Sketch of the medical history of the native army of Bombay, for the year
Year: 1875
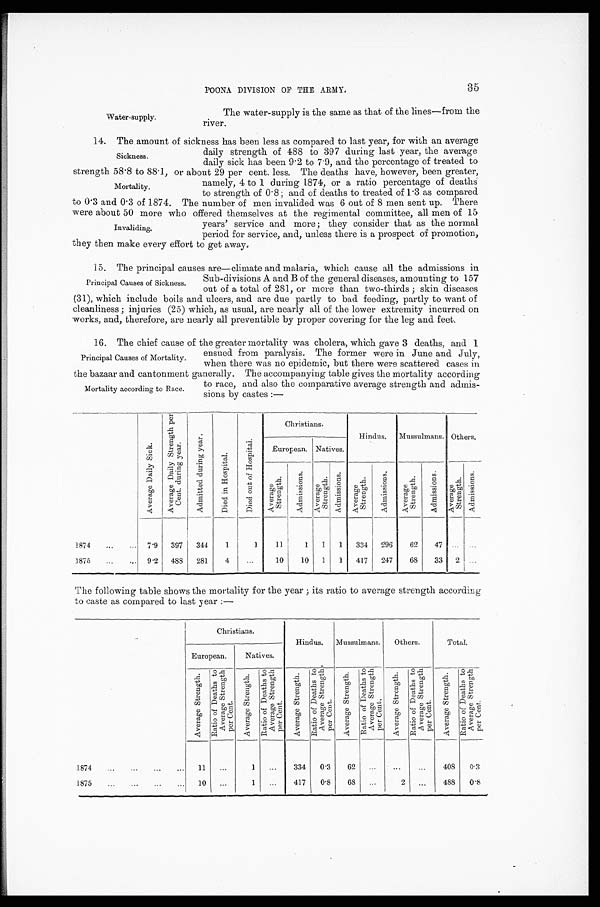
Water-supply.
POONA DIVISION OF THE ARMY.
35
The water-supply is the same as that of the lines—from the
river.
14. The amount of sickness has been less as compared to last year, for with an average
daily strength of 488 to 397 during last year, the average
daily sick has been 9·2 to 7·9, and the percentage of treated to
strength 58·8 to 88·1, or about 29 per cent. less. The deaths have, however, been greater,
namely, 4 to 1 during 1874, or a ratio percentage of deaths
to strength of 0·8; and of deaths to treated of 1·3 as compared
to 0·3 and 0·3 of 1874. The number of men invalided was 6 out of 8 men sent up. There
were about 50 more who offered themselves at the regimental committee, all men of 15
years' service and more; they consider that as the normal
period for service, and, unless there is a prospect of promotion,
they then make every effort to get away.
15. The principal causes are—climate and malaria, which cause all the admissions in
Sub-divisions A and B of the general diseases, amounting to 157
out of a total of 281, or more than two-thirds; skin diseases
(31), which include boils and ulcers, and are due partly to bad feeding, partly to want of
cleanliness; injuries (25) which, as usual, are nearly all of the lower extremity incurred on
works, and, therefore, are nearly all preventible by proper covering for the leg and feet.
16. The chief cause of the greater mortality was cholera, which gave 3 deaths, and 1
ensued from paralysis. The former were in June and July,
when there was no epidemic, but there were scattered cases in
the bazaar and cantonment ganerally. The accompanying table gives the mortality according
to race, and also the comparative average strength and admis
-sions by castes:—
A v e r a g e D a i l y S i c k .
A v e r a g e D a i l y S t r e n g t h p e r C e n t . d u r i n g y e a r .
A d m i t t e d d u r i n g y e a r .
D i e d i n H o s p i t a l .
D i e d o u t o f H o s p i t a l .
Chr i s t i a ns .
Hindus.
Mussulmans. O t h e r s .
European. Natives.
A v e r a g e S t r e n g t h .
A d m i s s i o n s .
Av e r a g e S t r e n g t h .
A d m i s s i o n s .
A v e r a g e S t r e n g t h .
A d m i s s i o n s .
Av e r a g e S t r e n g t h .
A d m i s s i o n s .
A v e r a g e S t r e n g t h .
A d m i s s i o n s .
1874
7·9 397 344
1
1
11
1 1 1 334 296
62
47
. . .
. . .
1875
9·2 488 281
4 ...
10
1 0 1 1 417 247
6 8 33
2
. . .
The following table shows the mortality for the year; its ratio to average strength according
to caste as compared to last year:—
Christians.
Hindus. Mussulmans.
Others.
Total.
European.
Natives.
A v e r a g e S t r e n g t h . R a t i o o f D e a t h s t o A v e r a g e S t r e n g t h p e r C e n t .
A v e r a g e S t r e n g t h .
R a t i o o f D e a t h s t o A v e r a g e S t r e n g t h p e r C e n t .
A v e r a g e S t r e n g t h . R a t i o o f D e a t h s t o A v e r a g e S t r e n g t h p e r C e n t .
A v e r a g e S t r e n g t h .
R a t i o o f D e a t h s t o A v e r a g e S t r e n g t h p e r C e n t .
A v e r a g e S t r e n g t h . R a t i o o f D e a t h s t o A v e r a g e S t r e n g t h p e r C e n t .
A v e r a g e S t r e n g t h .
R a t i o o f D e a t h s t o A v e r a g e S t r e n g t h p e r C e n t .
1874
11
...
1
...
334 0 .3
62 ...
. . .
...
408 0·3
1875
10
. . .
1
...
417
0·8
6 8
. . .
2 ...
488
0 · 8
Sickness.
Mortality.
Invaliding.
Principal Causes of Sickness.
Principal Causes of Mortality.
Mortality according to Race.